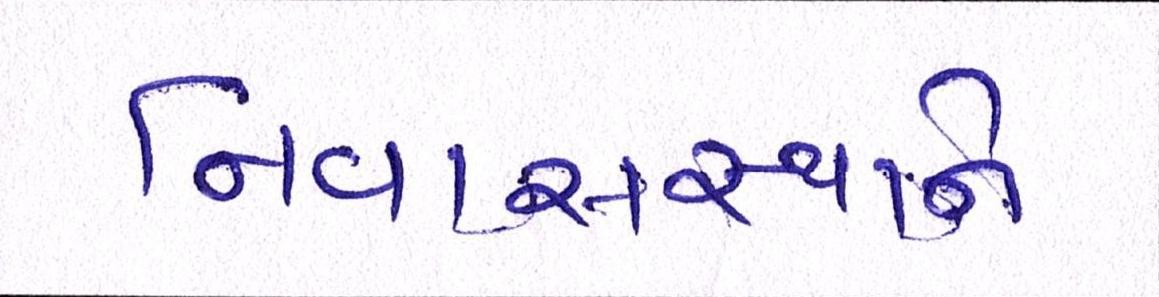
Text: નિવાસસ્થાને